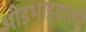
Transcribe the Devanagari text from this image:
भीड़भाड़वाली